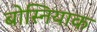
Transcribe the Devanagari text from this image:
बोस्नियाक